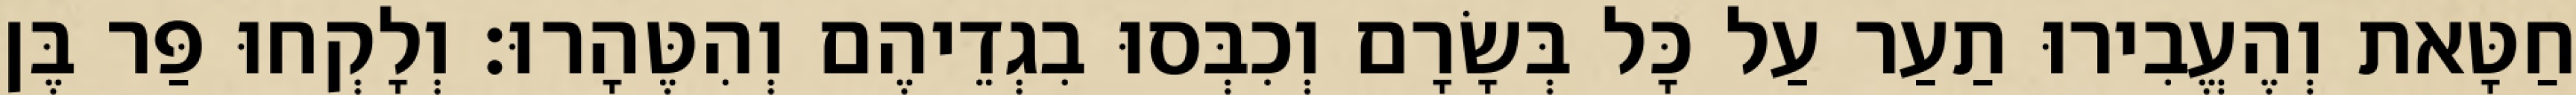
חַטָּאת וְהֶעֱבִירוּ תַעַר עַל כָּל בְּשָׂרָם וְכִבְּסוּ בִגְדֵיהֶם וְהִטֶּהָרוּ׃ וְלָקְחוּ פַּר בֶּן